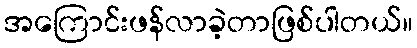
အကြောင်းဖန်လာခဲ့တာဖြစ်ပါတယ်။